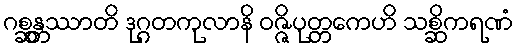
ဂစ္ဆန္တဿာတိ ဒုဂ္ဂတကုလာနိ ဝဇ္ဇိပုတ္တကေဟိ သစ္ဆိကရဏံ